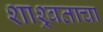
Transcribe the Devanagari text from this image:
शाश्र्वताचा